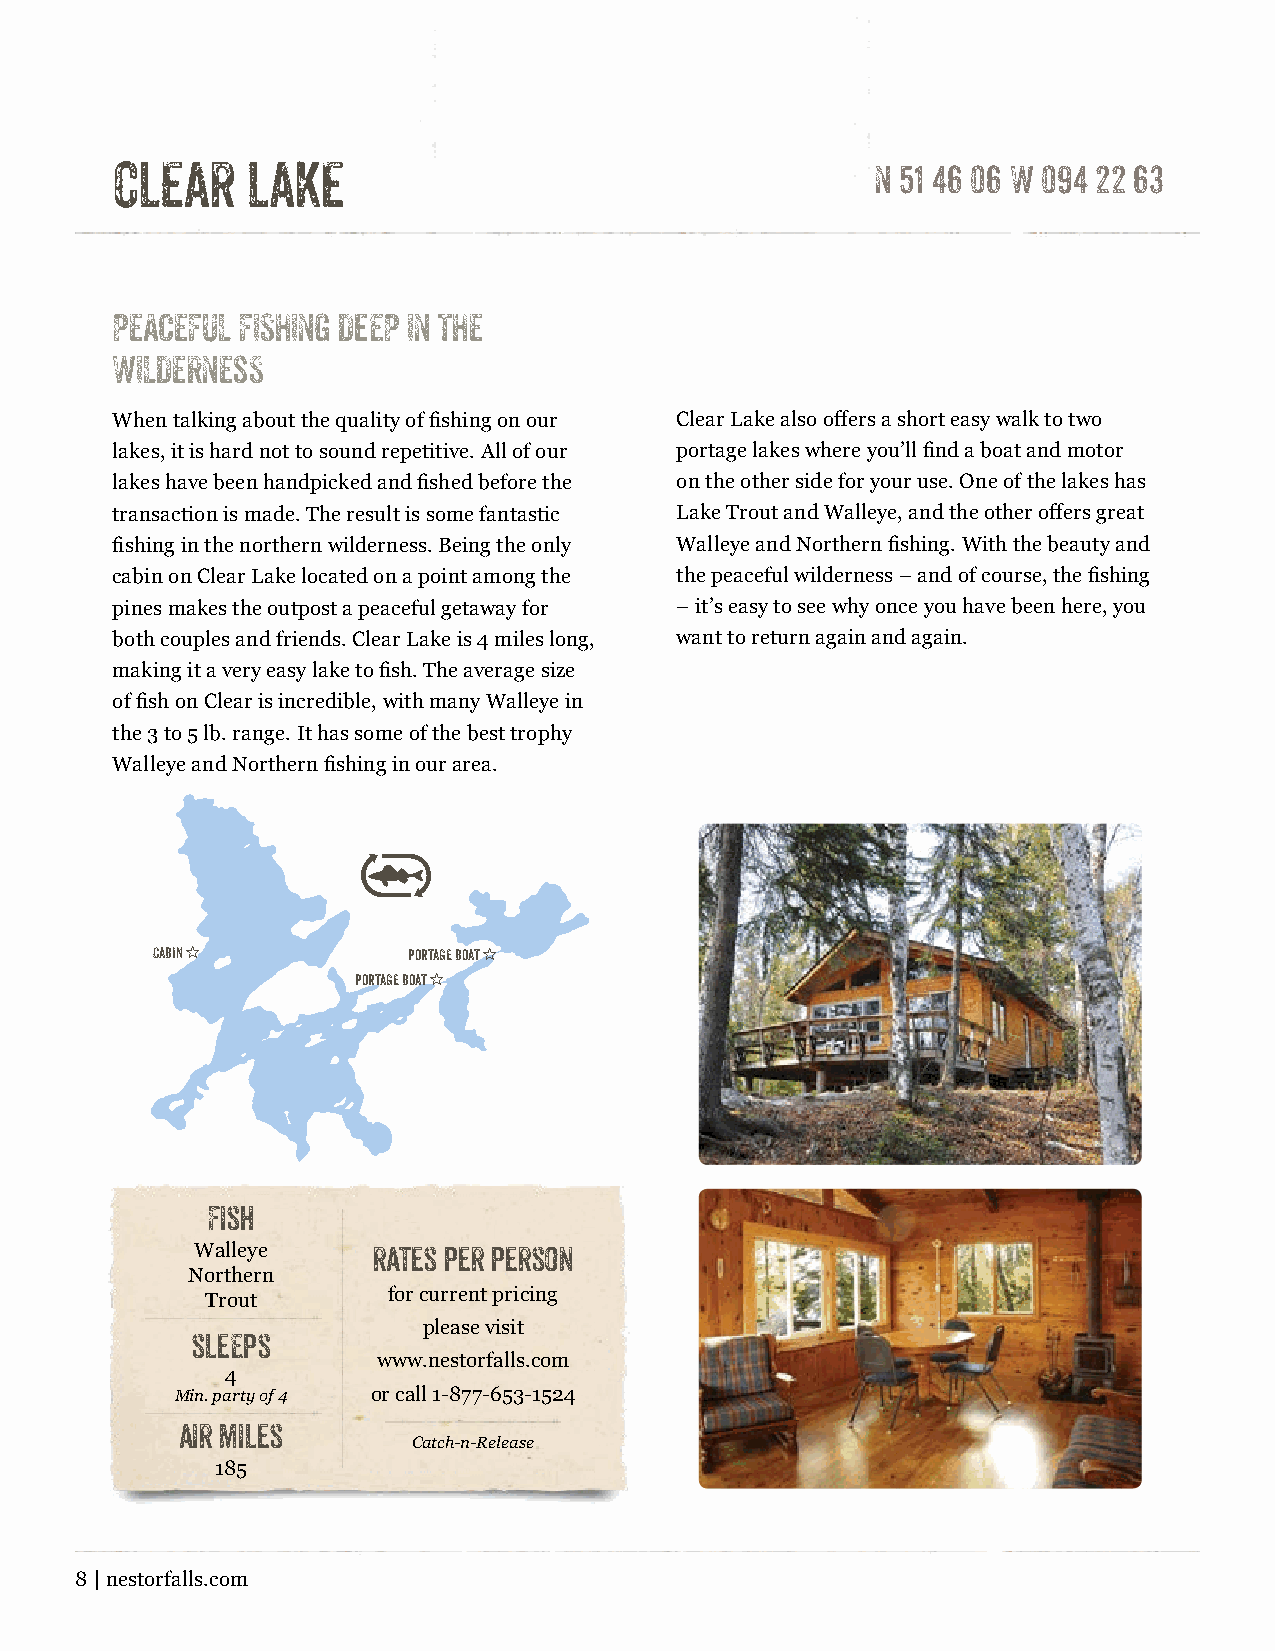
clear    lake                                      N 51 46 06 W 094 22 63
 PEACEFUL FISHING DEEP IN THE
 WILDERNEss
 When talking about the quality of fishing on our Clear Lake also offers a short easy walk to two
 lakes, it is hard not to sound repetitive. All of our portage lakes where you’ll find a boat and motor
 lakes have been handpicked and fished before the on the other side for your use. One of the lakes has
 transaction is made. The result is some fantastic Lake Trout and Walleye, and the other offers great
 fishing in the northern wilderness. Being the only Walleye and Northern fishing. With the beauty and
 cabin on Clear Lake located on a point among the the peaceful wilderness – and of course, the fishing
 pines makes the outpost a peaceful getaway for – it’s easy to see why once you have been here, you
 both couples and friends. Clear Lake is 4 miles long, want to return again and again.
 making it a very easy lake to fish. The average size
 of fish on Clear is incredible, with many Walleye in
 the 3 to 5 lb. range. It has some of the best trophy
 Walleye and Northern fishing in our area.
 Cabin "          portage boat "
 portage boat "
 Fish
 Walleye     rates per person
 Northern
 Trout       for current pricing
 please visit
 slEEps
 www.nestorfalls.com
 4
 Min. party of 4 or call 1-877-653-1524
 air miles
 Catch-n-Release
 185
 8 | nestorfalls.com